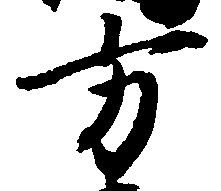
方